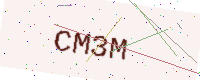
Text: CM3M